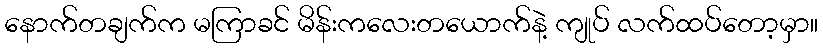
နောက်တချက်က မကြာခင် မိန်းကလေးတယောက်နဲ့ ကျုပ် လက်ထပ်တော့မှာ။